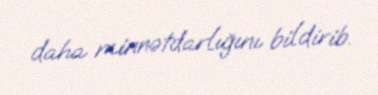
daha minnətdarlığını bildirib.